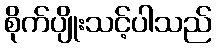
စိုက်ပျိုးသင့်ပါသည်